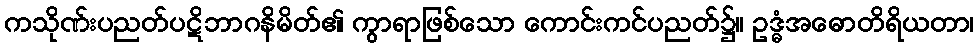
ကသိုဏ်းပညတ်ပဋိဘာဂနိမိတ်၏ ကွာရာဖြစ်သော ကောင်းကင်ပညတ်၌။ ဥဒ္ဓံအဓောတိရိယတာ၊